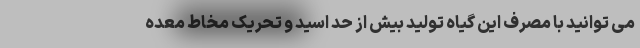
می توانید با مصرف این گیاه تولید بیش از حد اسید و تحریک مخاط معده